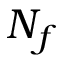
N _ { f }